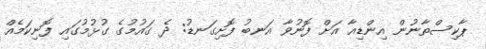
ޕާކިސްތާނުން އިންޑިއާ އަށް ފޮނުވާ އަނބު ފޮށިގަނޑު: ދެ ގައުމުގެ ގުޅުމުގައި ފޮނިކަމެއް